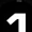
Digit: 1